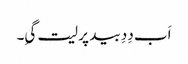
اَب دِدِ بید پر لیت گیِ۔